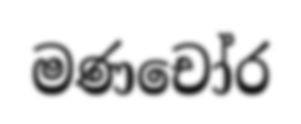
මණචෝර